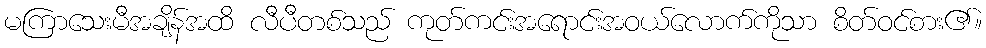
မကြာသေးမီအချိန်အထိ လီပီတစ်သည် ကုတ်ကင်းအရောင်းအဝယ်လောက်ကိုသာ စိတ်ဝင်စား၏။